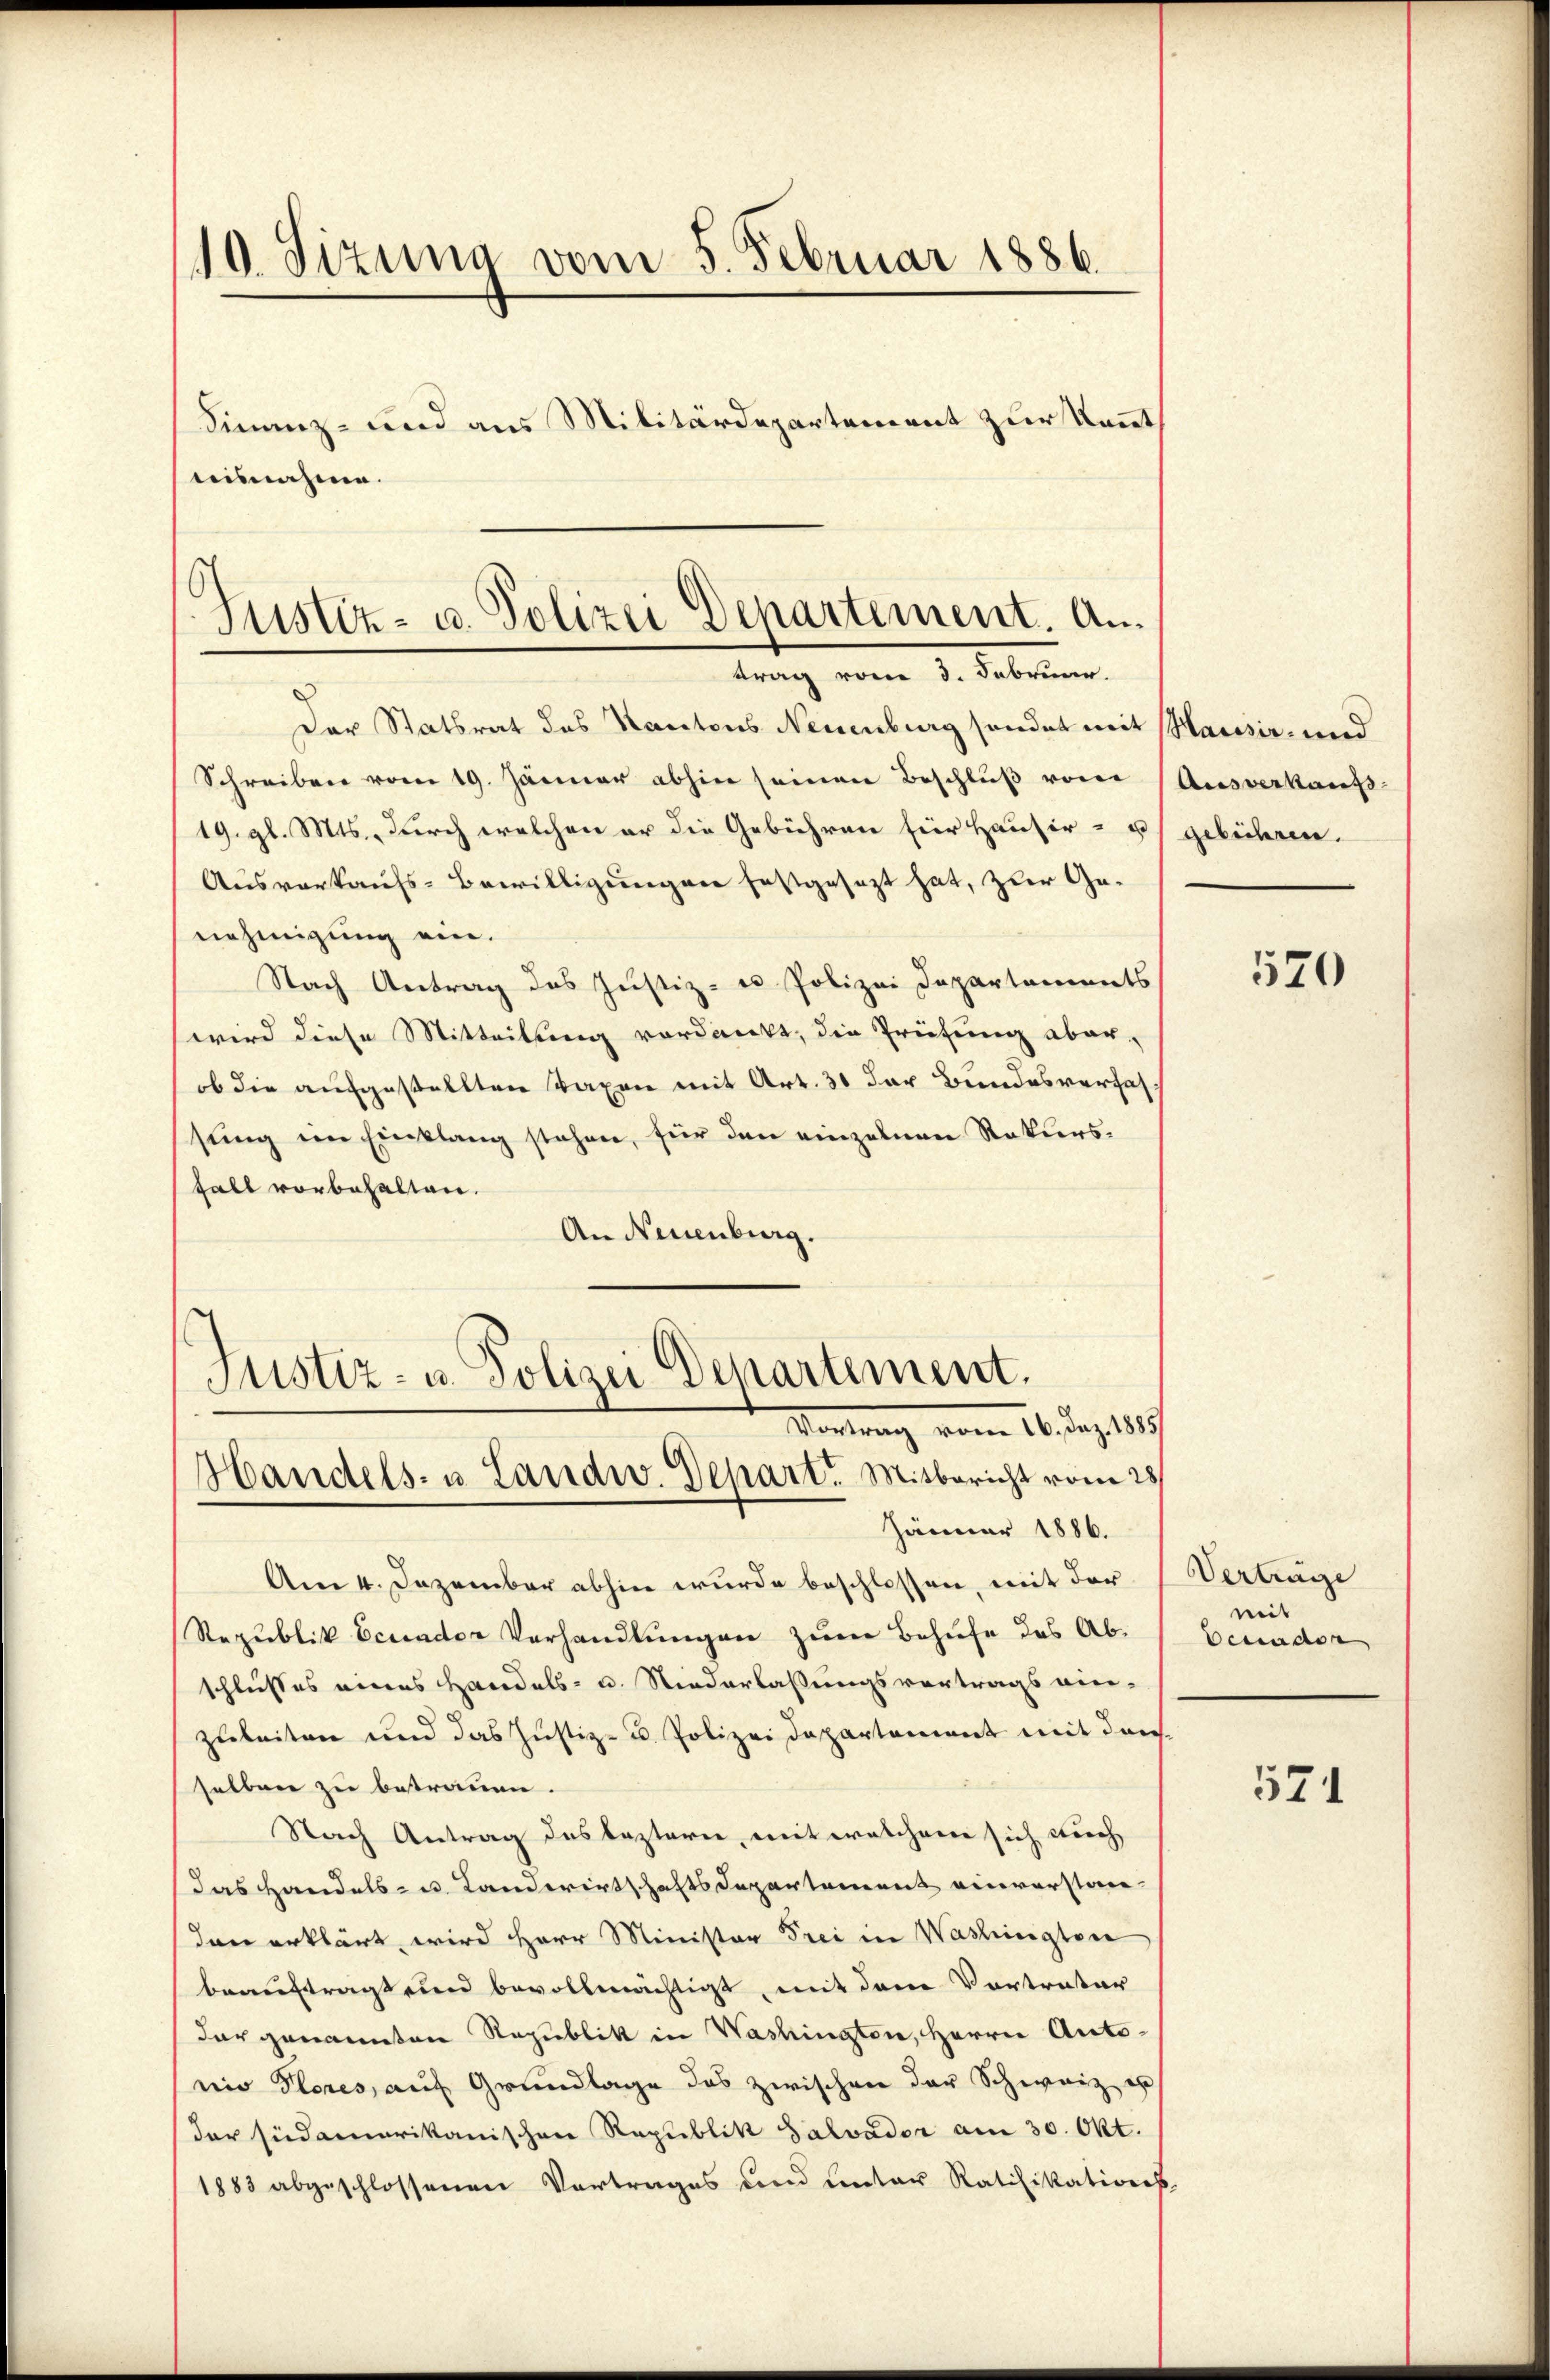
10. Sizung vom 5. Februar 1886.
Finanz- und aus Militärdepartement zur Kennt
aisnahme.

Der Statsrat des Kantons Neuenburg sonder mit Hausir- und
Schreiben vom 19. Jänner abhin seinen Beschlŭβ vom Ausverkaufs-
19. gl. Mts., durch welchen er die Gebühren für Hauser- u gebühren.
Ausverkaufs-Bewilligungen festgesezt hat, zur Genehmigung ein.
Nach Antrag des Justiz- u Polizei Departaments
wird diese Mitteilung verdankt, die Prüfung aber-
ob die aufgestellten Taxen mit Art. 30 der Bundesverhal
sung im Einklang stehen, für den einzelnen Rekurs¬
Fall vorbehalten.
An Neuenburg.

Justiz- u. Polizei Departement. Antrag vom 3. Februar.

Justiz- u. Polizei Departement.
Vortrag vom 26. Jan. 1819.
Handels- u. Landw. Depart. Mitbericht vom 28.

Jänner 1886.
Am 4. Dezember abhin wurde beschlossen, mit der
Republik Ecuader Verhandlungen zum Behufe des Abschlusses eines Handels- u. Niederlaßungsvertrags ein-
zuleiten und das Justiz- u. Polizei Departement mit danselben zu betrauen.
Nach Antrag des leztern, mit welchem sich durch
das Handels- u. Landwirtschaftsdepartement einverstandenn erklärt, wird Herr Minister Frei in Washington
beauftragt und bevollmächtigt, mit dem Vertrater
dar genannten Republik in Washington, Herrn Antonio Flores, auf Grundlage das zwischen der Schweiz er
der südamerikanischen Republik Salvador am 30. Okt.
1883 abgeschlossenen Vortrages und unter Ratifikations

520

Verträge
mit
Venader

571